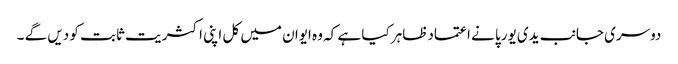
دوسری جانب یدی یورپا نے اعتمادظاہر کیا ہے کہ وہ ایوان میں کل اپنی اکثریت ثابت کو دیں گے ۔